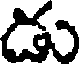
డు